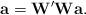
LaTeX: \begin{align*}\textbf{a}=\textbf{W}'\textbf{W}\textbf{a}.\end{align*}